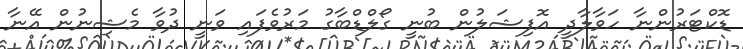
ޑޮކްޓަރުންނާ ހަވާލާދީ އޮފިޝަލުން ބުނީ ގޯލްޑްބާގު މަރުވެފައި ވަނީ ދުވާ މެޝިނުން އޭނާ